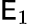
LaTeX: \mathsf{E}_{1}